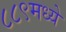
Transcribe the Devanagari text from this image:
८८९मध्ये